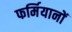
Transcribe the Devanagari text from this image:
फर्मियानों